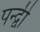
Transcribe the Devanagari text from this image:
पन्द्वी